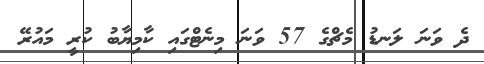
ދެ ވަނަ ލަނޑު މެޗްގެ 57 ވަނަ މިނެޓްގައި ކާމިޔާބު ކުރީ މައުރޭ